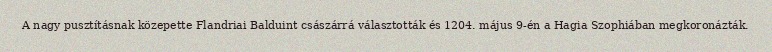
A nagy pusztításnak közepette Flandriai Balduint császárrá választották és 1204. május 9-én a Hagia Szophiában megkoronázták.